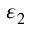
\varepsilon _ { 2 }